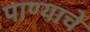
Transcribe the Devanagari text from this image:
पाण्‍याचे